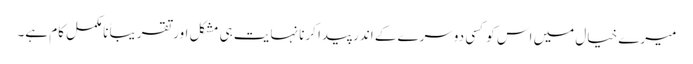
میرے خیال میں اس کو کسی دوسرے کے اندر پیدا کرنا نہایت ہی مشکل اور تقریباً نامکمل کام ہے۔